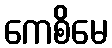
ကေစိမေ